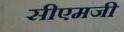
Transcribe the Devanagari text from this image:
सीएमजी